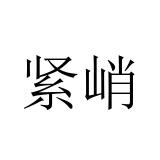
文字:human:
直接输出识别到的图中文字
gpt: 紧峭